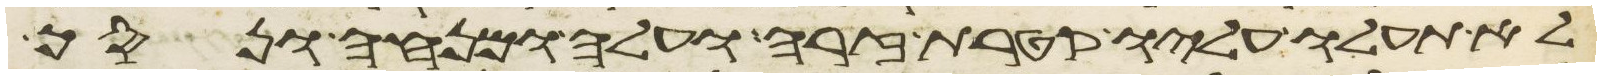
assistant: לא תעלו עליו קטרת זרה ועלה ומנחה ונסך